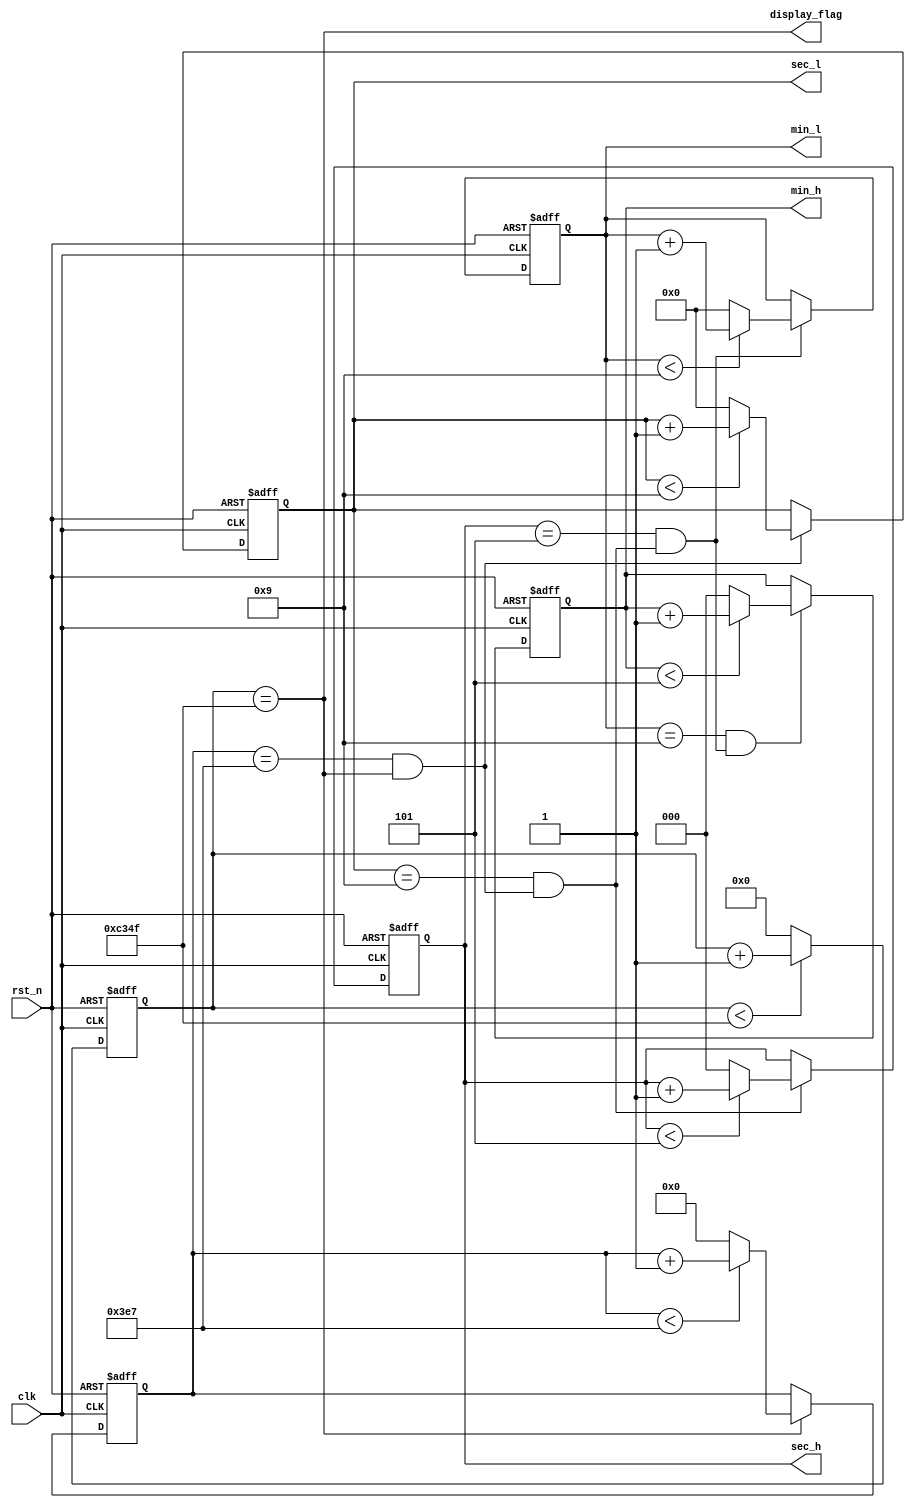
// synopsys translate_off
`timescale 1 ns / 1 ps
// synopsys translate_on
module time_counter(
    rst_n,
    clk,        
    min_h,      
    min_l,
    sec_h,      
    sec_l,
    display_flag
    );
    
    parameter   CLK_CYCLE = 20;                                        
    parameter   T0        = 1000_000;                                 
 
    parameter   T0_VAL    = T0/CLK_CYCLE-1;                            
  
    input                   rst_n;                                     
    input                   clk;                                       
    output reg  [2:0]       min_h;                   
    output reg  [3:0]       min_l;                                     
    output reg  [2:0]       sec_h;                                    
    output reg  [3:0]       sec_l;                                     
    output                  display_flag;  
    wire 					delay_1ms;                            
 
    reg [15:0]  cnt;
    always@(posedge clk or negedge rst_n)
    begin
        if(rst_n == 1'b0)
            cnt <= (0);
        else if(cnt < T0_VAL)
            cnt <= cnt + 1'b1;
        else
            cnt <= (0);
    end
    assign  delay_1ms = (cnt == T0_VAL);                              
    assign  display_flag = delay_1ms;                                 
   
    reg         [9:0]       mse;
    always@(posedge clk or  negedge rst_n)
    begin
        if(rst_n == 1'b0)
            mse <= (0);
        else
        begin
            if(delay_1ms == 1'b1)
            begin
                if(mse < 10'd999)
                    mse <= mse + 1'b1;
                else
                    mse <= (0);
            end
        end
    end
    wire    sec_l_flag = ((mse == 10'd999) && (delay_1ms == 1'b1));      
   
    // sec count
    always@(posedge clk or  negedge rst_n)
    begin
        if(rst_n == 1'b0)
            sec_l <= 0;
        else
        begin
            if(sec_l_flag == 1'b1)
            begin
                if(sec_l < 4'd9)
                    sec_l <= sec_l + 1'b1;
                else
                    sec_l <= 0;
            end
        end
    end
    wire    sec_h_flag = ((sec_l == 4'd9) && (sec_l_flag == 1'b1)); // sec carry  
    
    //  sec count (2)
    always@(posedge clk or  negedge rst_n)
    begin
        if(rst_n == 1'b0)
            sec_h <= 0;
        else
        begin
            if(sec_h_flag == 1'b1)
            begin
                if(sec_h < 3'd5)
                    sec_h <= sec_h + 1'b1;
                else
                    sec_h <= 0;
                end
        end
    end
    wire    min_l_flag = ((sec_h == 3'd5) && (sec_h_flag == 1'b1)); // sec carry  
    
   
    // min count
    always@(posedge clk or  negedge rst_n)
    begin
        if(rst_n == 1'b0)
            min_l <= 0;
        else
        begin
            if(min_l_flag == 1'b1)
            begin
                if(min_l < 4'd9)
                    min_l <= min_l + 1'b1;
                else
                    min_l <= 0;
            end
        end
    end
    wire    min_h_flag = ((min_l == 4'd9) && (min_l_flag == 1'b1));//min carry
    
    //  min count (2)
    always@(posedge clk or  negedge rst_n)
    begin
        if(rst_n == 1'b0)
            min_h <= 0;
        else
        begin
            if(min_h_flag == 1'b1)
            begin
                if(min_h < 3'd5)
                    min_h <= min_h + 1'b1;
                else
                    min_h <= 0;
            end
        end
    end
   

endmodule